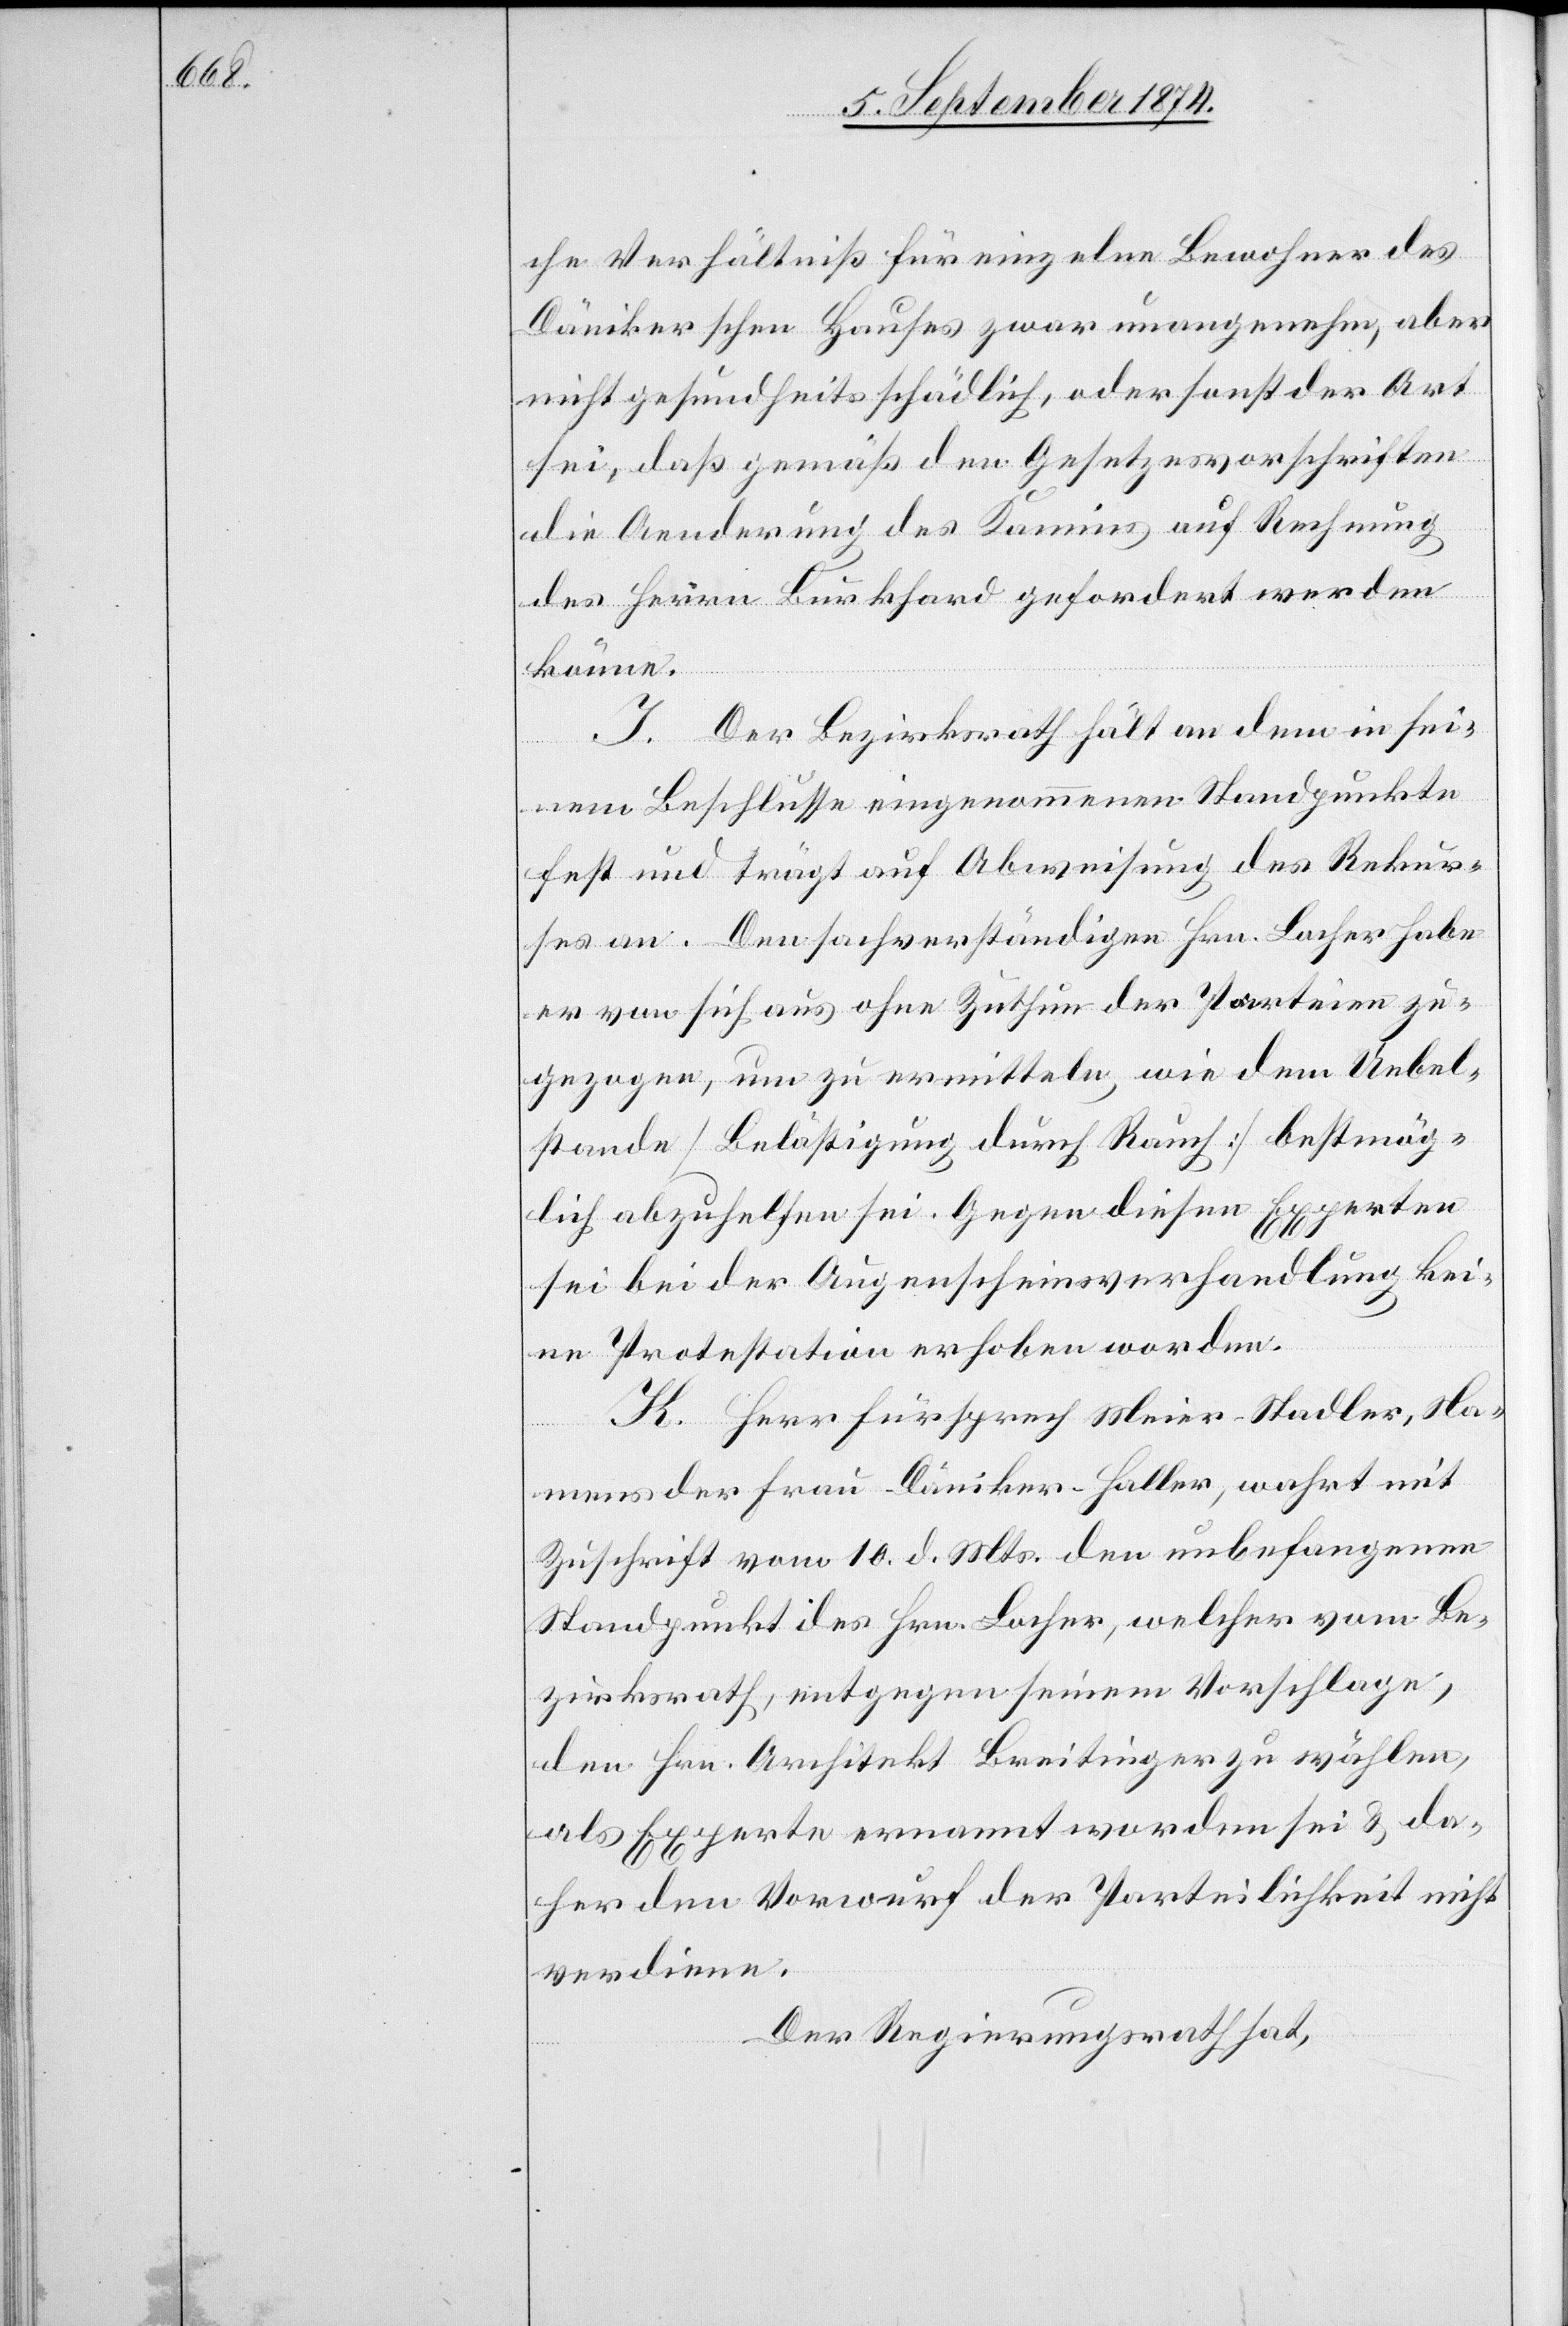
che Verhältniß für einzelne Bewohner des
Dänikerschen Hauses zwar unangenehm, aber
nicht gesundheitsschädlich, oder sonst der Art
sei, daß gemäß den Gesetzesvorschriften
die Aenderung des Kamins auf Rechnung
des Herrn Burkhard gefordert werden
könne.
I. Der Bezirksrath hält an dem in sei¬
nem Beschlusse eingenommenen Standpunkte
fest und trägt auf Abweisung des Rekur¬
ses an. Den sachverständigen Hrn. Locher habe
er von sich aus ohne Zuthun der Parteien zu¬
gezogen, um zu ermitteln, wie dem Uebel¬
stande [Belästigung durch Rauch] bestmög¬
lich abzuhelfen sei. Gegen diesen Experten
sei bei der Augenscheinsverhandlung kei¬
ne Protestation erhoben worden.
K. Herr Fürsprech Meier-Stadler, Na¬
mens der Frau Däniker-Haller, wahrt mit
Zuschrift vom 10. d. Mts. den unbefangenen
Standpunkt des Hrn. Locher, welcher vom Be¬
zirksrath, entgegen seinem Vorschlage,
den Hrn. Architekt Breitinger zu wählen,
als Experte ernannt worden sei u. da¬
her den Vorwurf der Parteilichkeit nicht
verdiene.
Der Regierungsrath hat,